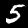
Digit: 5